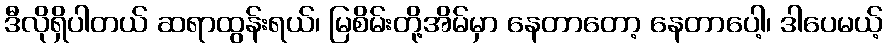
ဒီလိုရှိပါတယ် ဆရာထွန်းရယ်၊ မြစိမ်းတို့အိမ်မှာ နေတာတော့ နေတာပေါ့၊ ဒါပေမယ့်